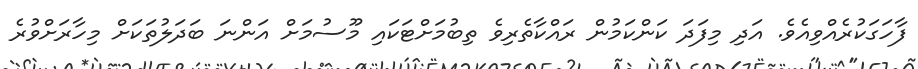
ފާހަގަކުރެއްވިއެވެ. އަދި މިފަދަ ކަންކަމުން ރައްކާތެރިވެ ތިބުމަށްޓަކައި މޫސުމަށް އަންނަ ބަދަލުތަކަށް މިހާރަށްވުރެ